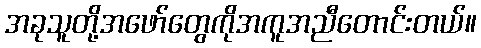
အခုသူတို့အဖော်တွေကိုအကူအညီတောင်းတယ်။